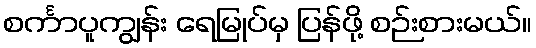
စင်္ကာပူကျွန်း ရေမြုပ်မှ ပြန်ဖို့ စဉ်းစားမယ်။